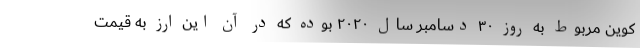
کوین مربوط به روز ۳۰ دسامبر سال ۲۰۲۰ بوده که در آن این ارز به قیمت